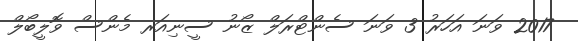
2017 ވަނަ އަހަރު 3 ވަނަ ސެންޓްރަލް ޒޯނު ސީނިއަރ މެންސް ވޮލީބޯލް